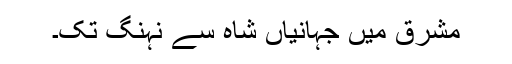
مشرق میں جہانیاں شاہ سے نہنگ تک۔